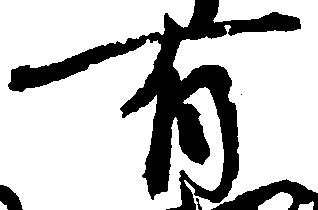
有